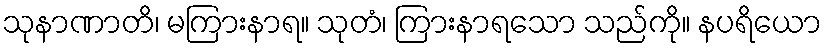
သုနာဏာတိ၊ မကြားနာရ။ သုတံ၊ ကြားနာရသော သည်ကို။ နပရိယော